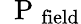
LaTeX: \mathrm{~\mathbf~P~}_{\mathrm{field}}